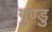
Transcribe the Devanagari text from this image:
गुण्डु